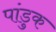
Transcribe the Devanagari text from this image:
पांडुक